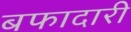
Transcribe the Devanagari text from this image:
बफादारी